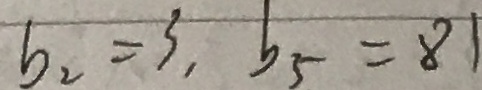
b _ { 2 } = 3 , b _ { 5 } = 8 1